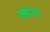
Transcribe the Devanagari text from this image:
म्बोगा